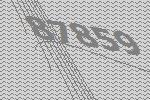
87859